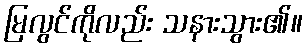
မြလွင်ကိုလည်း သနားသွား၏။